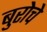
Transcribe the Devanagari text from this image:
बुरोचे